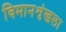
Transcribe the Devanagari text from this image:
विमानशृंखला